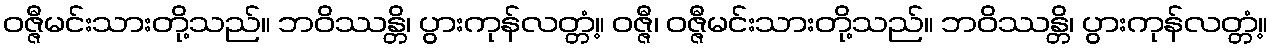
ဝဇ္ဇီမင်းသားတို့သည်။ ဘဝိဿန္တိ၊ ပွားကုန်လတ္တံ့။ ဝဇ္ဇီ၊ ဝဇ္ဇီမင်းသားတို့သည်။ ဘဝိဿန္တိ၊ ပွားကုန်လတ္တံ့။